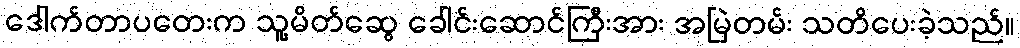
ဒေါက်တာပတေးက သူ့မိတ်ဆွေ ခေါင်းဆောင်ကြီးအား အမြဲတမ်း သတိပေးခဲ့သည်။